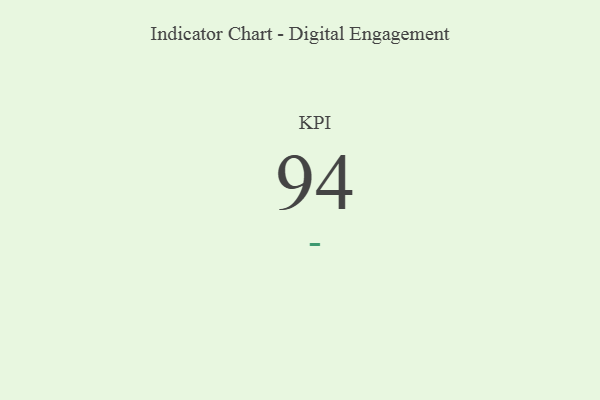
{"axis": {"x": "KPI", "y": "Value"}, "legend": [""], "data": [{"x": "KPI", "y": 94, "type": ""}]}